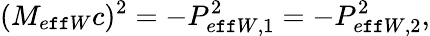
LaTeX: (M_{e\mathtt{f}\mathtt{f}W}c)^{2}=-P_{e\mathtt{f}\mathtt{f}W,1}^{2}=-P_{e\mathtt{f}\mathtt{f}W,2}^{2},